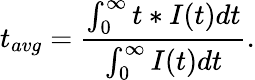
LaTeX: t_{avg}=\frac{\int_{0}^{\infty}t*I(t)dt}{\int_{0}^{\infty}I(t)dt}.